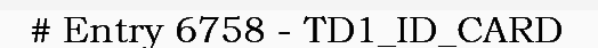
# Entry 6758 - TD1_ID_CARD